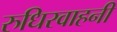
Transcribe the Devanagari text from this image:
रुधिरवाहनी